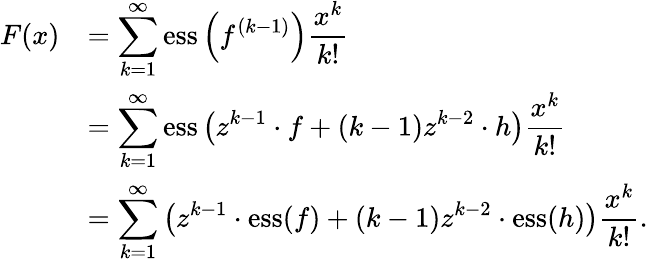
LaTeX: \begin{array}{rl}{F(x)}&{=\displaystyle\sum_{k=1}^{\infty}\mathrm{ess}\left(f^{(k-1)}\right)\frac{x^{k}}{k!}}\\ &{=\displaystyle\sum_{k=1}^{\infty}\mathrm{ess}\left(z^{k-1}\cdot f+(k-1)z^{k-2}\cdot h\right)\frac{x^{k}}{k!}}\\ &{=\displaystyle\sum_{k=1}^{\infty}\left(z^{k-1}\cdot\mathrm{ess}(f)+(k-1)z^{k-2}\cdot\mathrm{ess}(h)\right)\frac{x^{k}}{k!}.}\end{array}